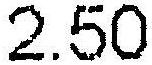
2.50